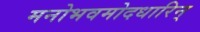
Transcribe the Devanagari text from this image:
मनोभवमोदधारिन्